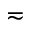
\eqsim